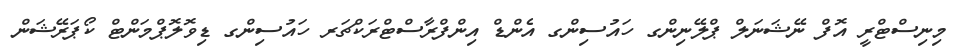
މިނިސްޓްރީ އޮފް ނޭޝަނަލް ޕްލޭނިންގ ހައުސިންގ އެންޑް އިންފްރާސްޓްރަކްޗަރ ހައުސިންގ ޑިވޮލޮޕްމަންޓް ކޯޕަރޭޝަން